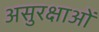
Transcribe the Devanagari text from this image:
असुरक्षाओं